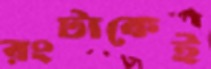
রংটাকেই